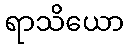
ရာသိယော